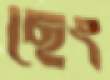
ছেং